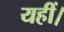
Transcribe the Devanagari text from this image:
यहीं।